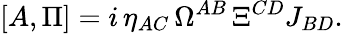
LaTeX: [A,\Pi]=i\, \eta_{AC}\, \Omega^{AB}\, \Xi^{CD}J_{BD}.